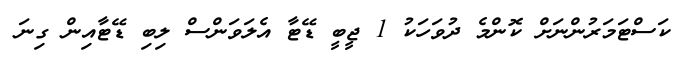
ކަސްޓަމަރުންނަށް ކޮންމެ ދުވަހަކު 1 ޖީބީ ޑޭޓާ އެލަވަންސް ލިބި ޑޭޓާއިން ގިނަ